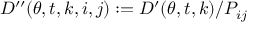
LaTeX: D ^ { \prime \prime } ( \theta , t , k , i , j ) : = D ^ { \prime } ( \theta , t , k ) / P _ { i j } \,